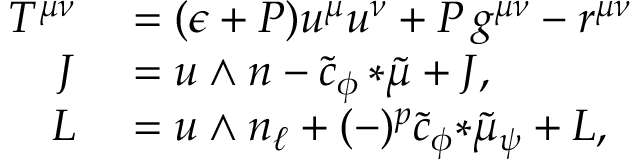
\begin{array} { r l } { T ^ { \mu \nu } } & { { } = ( \epsilon + P ) u ^ { \mu } u ^ { \nu } + P \, g ^ { \mu \nu } - r ^ { \mu \nu } } \\ { J } & { { } = u \wedge n - \tilde { c } _ { \phi } \, { * \tilde { \mu } } + { \cal J } , } \\ { L } & { { } = u \wedge n _ { \ell } + ( - ) ^ { p } \tilde { c } _ { \phi } { * \tilde { \mu } _ { \psi } } + { \cal L } , } \end{array}